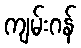
ကျမ်းဂန်